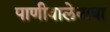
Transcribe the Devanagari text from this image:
पाणीवालेबाबा